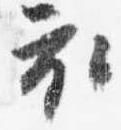
衣